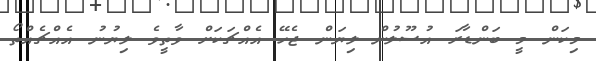
މިކަން މީ ބަންޑާރަ އުސޫލުން ލިޔަން ޖެހޭ އެއްޗަކަށް ވާތީވެ ލިޔުނު އެއްޗެއްތޯ